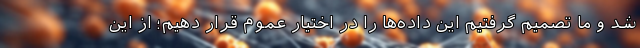
شد و ما تصمیم گرفتیم این داده‌ها را در اختیار عموم قرار دهیم؛ از این